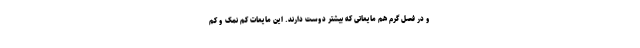
و در فصل گرم هم مایعاتی که بیشتر دوست دارند. این مایعات کم نمک و کم